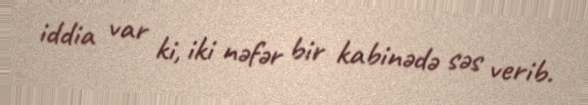
iddia var ki, iki nəfər bir kabinədə səs verib.